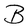
Character: B